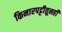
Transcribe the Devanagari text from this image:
किनारपट्टीतूनही